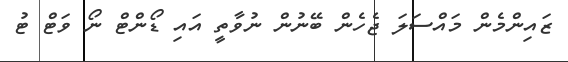
ޒައިންމެން މައްސަލަ ޖެހެން ބޭނުން ނުވާތީ އައި ޑޯންޓް ނޯ ވަޓް ޓު